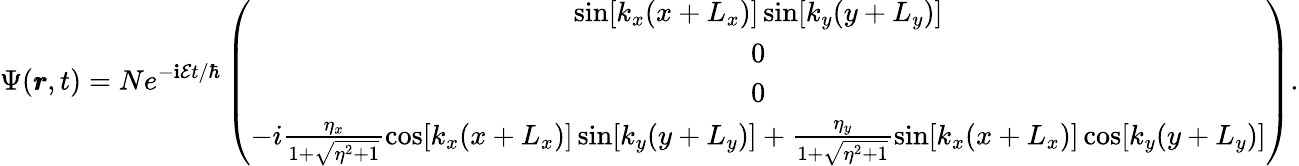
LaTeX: \Psi(\pmb{r},t)=Ne^{-\mathbf{i}\mathcal{{E}}t/\hbar}\left(\begin{array}{c}{\sin[k_{x}(x+L_{x})]\sin[k_{y}(y+L_{y})]}\\ {0}\\ {0}\\ {-i\frac{\eta_{x}}{1+\sqrt{\eta^{2}+1}}\cos[k_{x}(x+L_{x})]\sin[k_{y}(y+L_{y})]+\frac{\eta_{y}}{1+\sqrt{\eta^{2}+1}}\sin[k_{x}(x+L_{x})]\cos[k_{y}(y+L_{y})]}\end{array}\right).